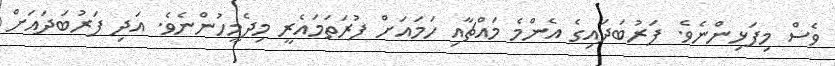
ވެސް މިފަޅިންނެވެ. ފަރުބަދައިގެ އެންމެ މައްޗާއި ހަމައަށް ފުރަތަމައެރީ މިދެމީހުންނެވެ. އަދި ފަރުބަދައަށް